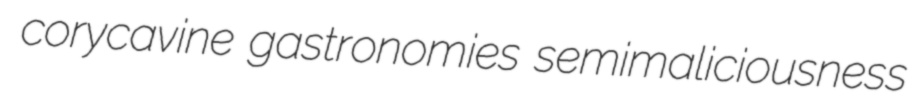
corycavine gastronomies semimaliciousness